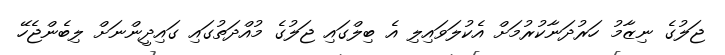
ޖަލުގެ ނިޒާމު ހަރުދަނާކުރުމަށް އެކުލަވައިލި އެ ބިލްގައި ޖަލުގެ މުއްދަތުގައި ގައިދީންނަށް ލިބެންޖެހޭ